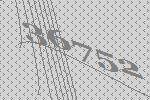
36752